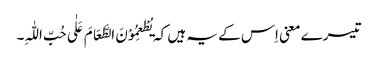
تیسرے معنی اِس کے یہ ہیں کہ یُطْعِمُوْنَ الطَّعَامَ عَلٰی حُبِّ اللّٰہِ۔